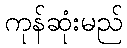
ကုန်ဆုံးမည်